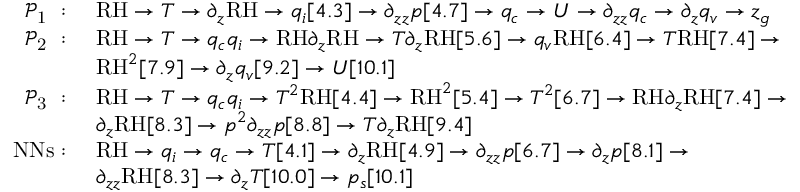
\begin{array} { r l } { \mathrm { ~ \mathcal { P } _ 1 ~ : ~ } } & { \mathrm { R H } \rightarrow T \rightarrow \partial _ { z } \mathrm { R H } \rightarrow q _ { i } [ 4 . 3 ] \rightarrow \partial _ { z z } p [ 4 . 7 ] \rightarrow q _ { c } \rightarrow U \rightarrow \partial _ { z z } q _ { c } \rightarrow \partial _ { z } q _ { v } \rightarrow z _ { g } } \\ { \mathrm { ~ \mathcal { P } _ 2 ~ : ~ } } & { \mathrm { R H } \rightarrow T \rightarrow q _ { c } q _ { i } \rightarrow \mathrm { R H } \partial _ { z } \mathrm { R H } \rightarrow T \partial _ { z } \mathrm { R H } [ 5 . 6 ] \rightarrow q _ { v } \mathrm { R H } [ 6 . 4 ] \rightarrow T \mathrm { R H } [ 7 . 4 ] \rightarrow } \\ & { \mathrm { R H } ^ { 2 } [ 7 . 9 ] \rightarrow \partial _ { z } q _ { v } [ 9 . 2 ] \rightarrow U [ 1 0 . 1 ] } \\ { \mathrm { ~ \mathcal { P } _ 3 ~ : ~ } } & { \mathrm { R H } \rightarrow T \rightarrow q _ { c } q _ { i } \rightarrow T ^ { 2 } \mathrm { R H } [ 4 . 4 ] \rightarrow \mathrm { R H } ^ { 2 } [ 5 . 4 ] \rightarrow T ^ { 2 } [ 6 . 7 ] \rightarrow \mathrm { R H } \partial _ { z } \mathrm { R H } [ 7 . 4 ] \rightarrow } \\ & { \partial _ { z } \mathrm { R H } [ 8 . 3 ] \rightarrow p ^ { 2 } \partial _ { z z } p [ 8 . 8 ] \rightarrow T \partial _ { z } \mathrm { R H } [ 9 . 4 ] } \\ { \mathrm { N N s : ~ } } & { \mathrm { R H } \rightarrow q _ { i } \rightarrow q _ { c } \rightarrow T [ 4 . 1 ] \rightarrow \partial _ { z } \mathrm { R H } [ 4 . 9 ] \rightarrow \partial _ { z z } p [ 6 . 7 ] \rightarrow \partial _ { z } p [ 8 . 1 ] \rightarrow } \\ & { \partial _ { z z } \mathrm { R H } [ 8 . 3 ] \rightarrow \partial _ { z } T [ 1 0 . 0 ] \rightarrow p _ { s } [ 1 0 . 1 ] } \end{array}